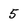
Character: 5